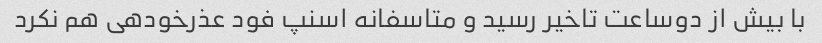
با بیش از دوساعت تاخیر رسید و متاسفانه اسنپ فود عذرخودهی هم نکرد